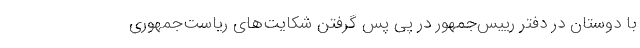
با دوستان در دفتر رییس‌جمهور در پی پس گرفتن شکایت‌های ریاست‌جمهوری